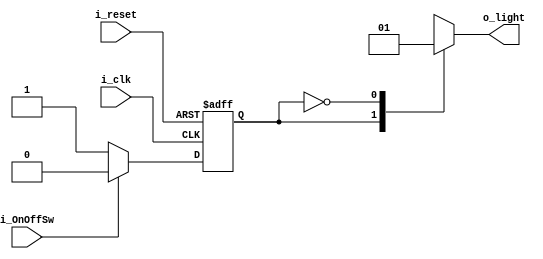
module FSM_Light(
    input i_clk,
    input i_reset,
    input i_OnOffSw,

    output o_light
    );

    parameter S_LED_ON  = 1'b0,
              S_LED_OFF = 1'b1;

    reg curState, nextState; //    
    reg r_light;
    assign o_light = r_light;

    //   
    //    
    always @(posedge i_clk or posedge i_reset) begin
        if (i_reset) curState <= S_LED_OFF;
        else         curState <= nextState;
        
    end

    //     sw,  
    //   
    always @(curState  or i_OnOffSw) begin
        case (curState) //  OFF 
            S_LED_OFF : begin
                // 
                if (i_OnOffSw == 1'b1) nextState <= S_LED_ON;
                else nextState <= S_LED_OFF;
            end
            S_LED_ON  : begin // ON 
                if (i_OnOffSw == 1'b0) nextState <= S_LED_OFF;
                else nextState <= S_LED_ON;
            end
        endcase
    end

    //    
    //    
    always @(curState) begin
        case (curState)
            S_LED_OFF : r_light <= 1'b0;
            S_LED_ON : r_light <= 1'b1;
        endcase
    end
endmodule